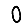
Digit: 0